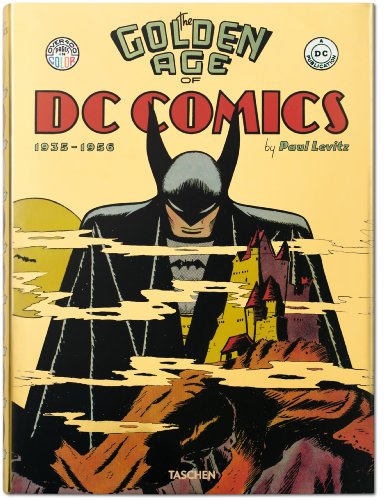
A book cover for The Golden Age of DC Comics; Paul Levitz; Comics & Graphic Novels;